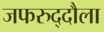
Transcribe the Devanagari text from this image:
जफरुद्दौला